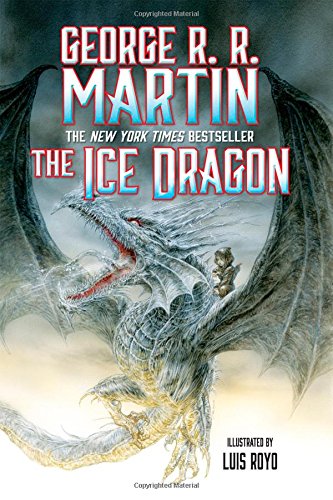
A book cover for The Ice Dragon; George R. R. Martin; Children's Books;